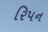
રિપન